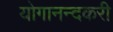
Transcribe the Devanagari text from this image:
योगानन्दकरी